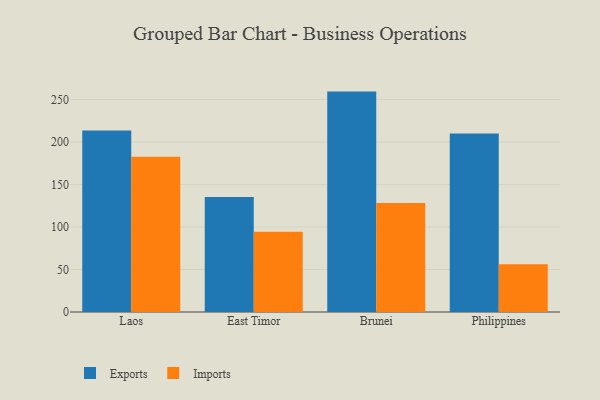
{"axis": {"x": "Country", "y": "Bounce Rate (%)"}, "legend": ["Exports", "Imports"], "data": [{"x": "Laos", "y": 213.8, "type": "Exports"}, {"x": "Laos", "y": 182.9, "type": "Imports"}, {"x": "East Timor", "y": 135.5, "type": "Exports"}, {"x": "East Timor", "y": 94.5, "type": "Imports"}, {"x": "Brunei", "y": 259.5, "type": "Exports"}, {"x": "Brunei", "y": 128.2, "type": "Imports"}, {"x": "Philippines", "y": 210.3, "type": "Exports"}, {"x": "Philippines", "y": 56.1, "type": "Imports"}]}